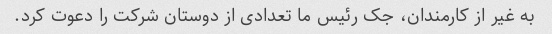
به غیر از کارمندان، جک رئیس ما تعدادی از دوستان شرکت را دعوت کرد.